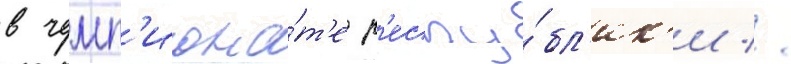
в чемп'иона́т'е р'еспу́бл'ик'и //